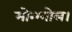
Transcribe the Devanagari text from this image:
मोन्ग्गोल।